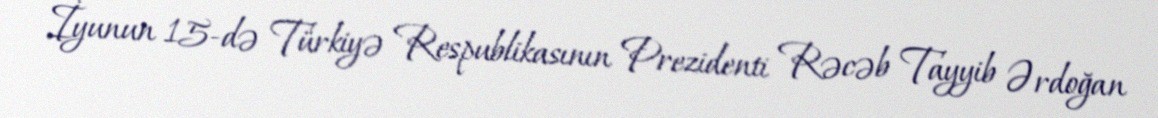
İyunun 15-də Türkiyə Respublikasının Prezidenti Rəcəb Tayyib Ərdoğan